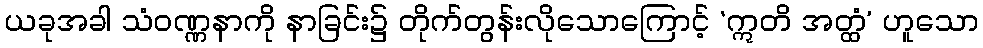
ယခုအခါ သံဝဏ္ဏနာကို နာခြင်း၌ တိုက်တွန်းလိုသောကြောင့် ‘ဣတိ အတ္ထံ’ ဟူသော